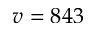
v = 8 4 3